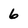
Character: 6